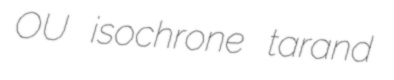
OU isochrone tarand